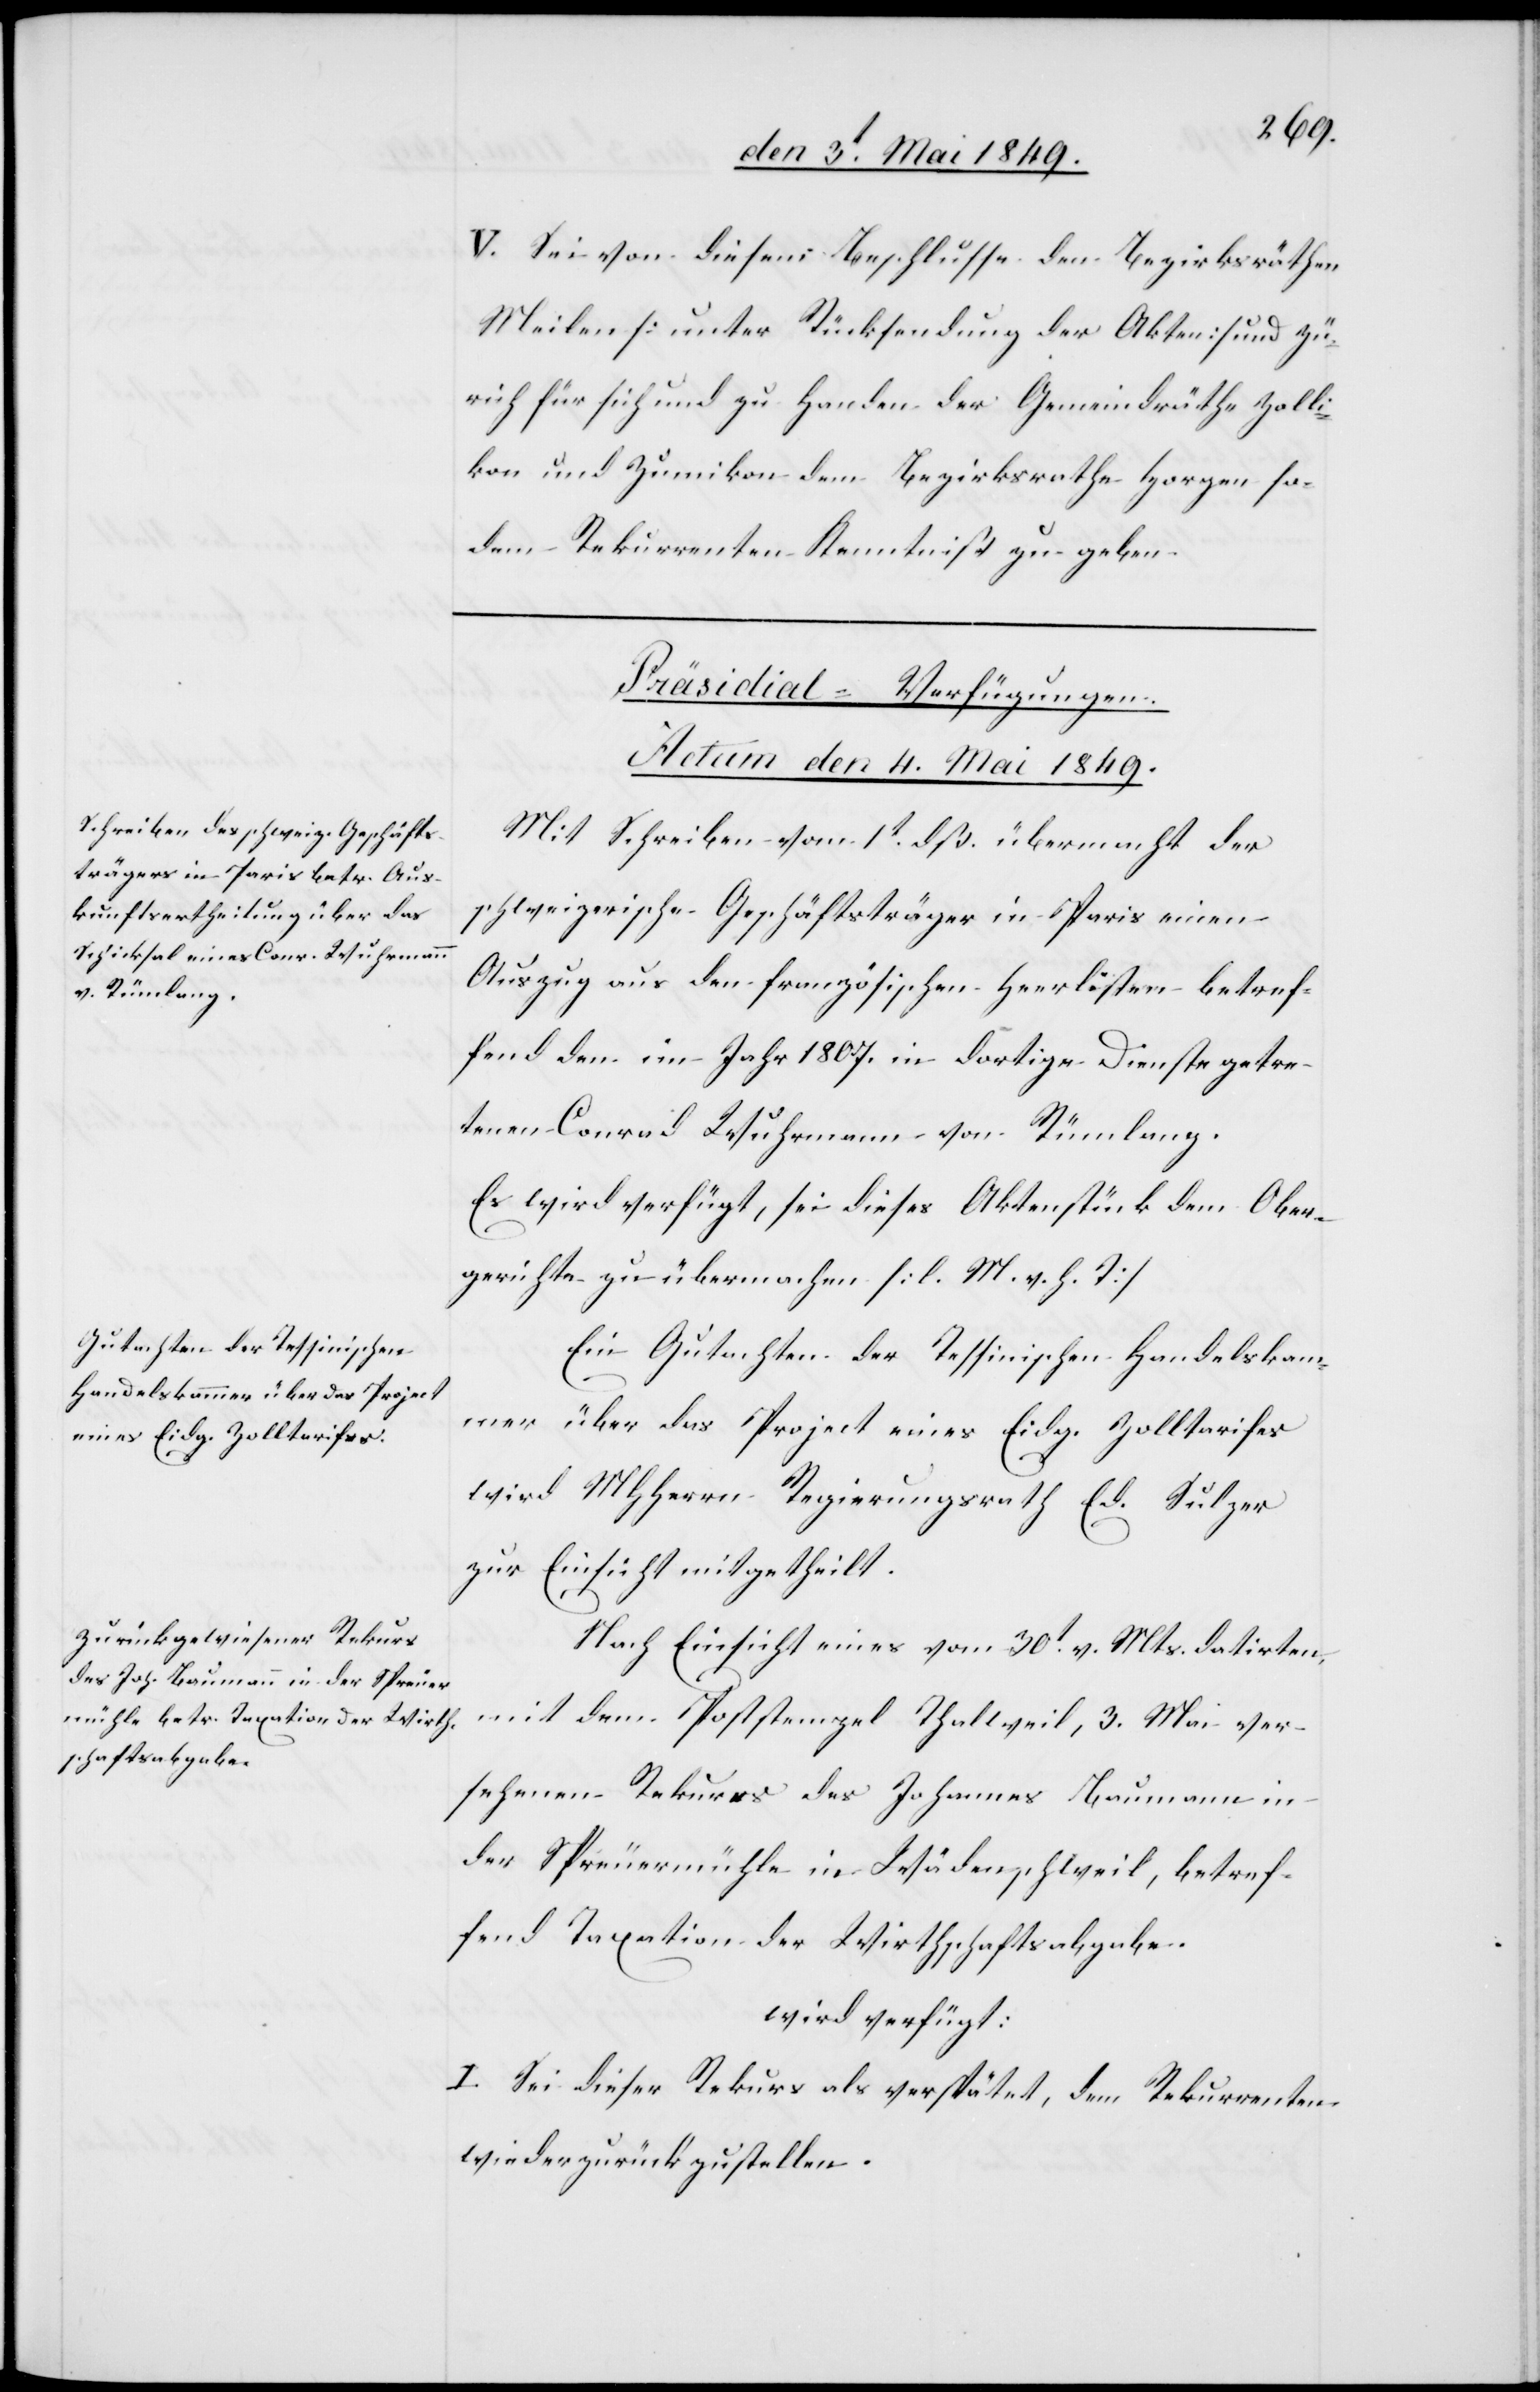
V. Sei von diesem Beschlusse den Bezirksräthen
Meilen [unter Rücksendung der Akten] und Zü¬
rich für sich und zu Handen der Gemeindräthe Zolli¬
kon und Zumikon dem Bezirksrathe Horgen sodem
Rekurrenten Kenntniß zu geben.
[Präsidial-Verfügungen.
Actum den 4. Mai 1849.]
Mit Schreiben vom 1t dß. übermacht der
schweizerische Geschäftsträger in Paris einen
Auszug aus den französischen Heerlisten betref¬
fend den im Jahr 1807. in dortige Dienste getre¬
tenen Conrad Wuhrmann von Rümlang.
Es wird verfügt, sei dieses Aktenstück dem Ober¬
gerichte zu übermachen [l. M. h. T][.]
Ein Gutachten der Tessinischen Handelskam¬
mer über das Project eines Eidg. Zolltarifes
wird MHHerrn Regierungsrath Ed. Sulzer
zur Einsicht mitgetheilt.
Nach Einsicht eines vom 30t v. Mts. datirten
mit dem Poststempel Thalweil, 3. Mai ver¬
sehenen Rekurs des Johannes Baumann in
der Spreuermühle in Wädenschweil, betref¬
fend Taxation der Wirthschaftsabgabe.
wird verfügt:
I. Sei dieser Rekurs als verspätet, dem Rekurrenten
wiederzurückzustellen.